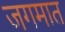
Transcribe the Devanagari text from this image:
जगमात